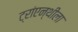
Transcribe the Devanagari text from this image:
ट्रांएन्थीला